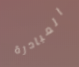
المبادرة